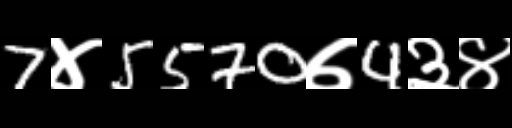
Text: 7४5570७4३४